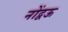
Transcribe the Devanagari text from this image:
नोंद्वऊ